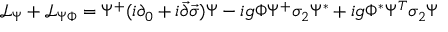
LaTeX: { \mathcal { L } } _ { \Psi } + { \mathcal { L } } _ { \Psi \Phi } = \Psi ^ { + } ( i \partial _ { 0 } + i { \vec { \partial } } { \vec { \sigma } } ) \Psi - i g \Phi \Psi ^ { + } \sigma _ { 2 } \Psi ^ { * } + i g \Phi ^ { * } \Psi ^ { T } \sigma _ { 2 } \Psi